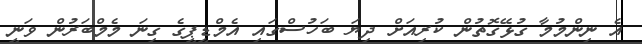
އެ ނިންމުމާ ގުޅޭގޮތުން ކުރިއަށް ދިޔަ ބަހުސްގައި އެމްޑީޕީގެ ގިނަ މެމްބަރުން ވަނީ